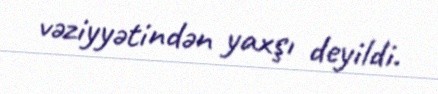
vəziyyətindən yaxşı deyildi.